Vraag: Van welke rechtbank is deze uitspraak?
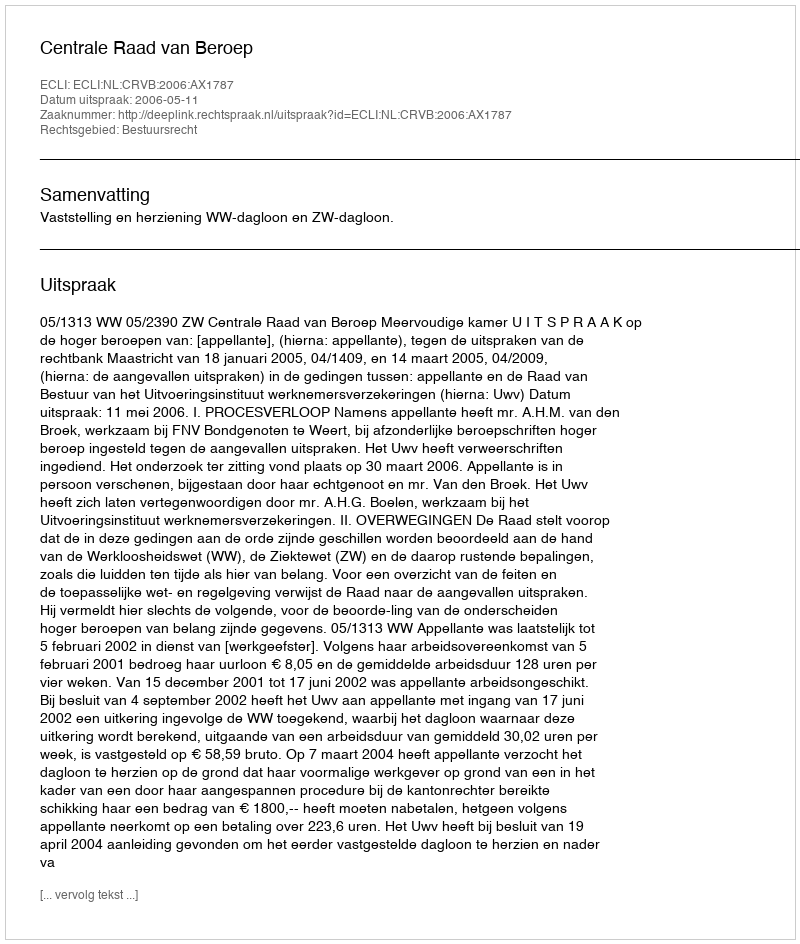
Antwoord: Centrale Raad van Beroep